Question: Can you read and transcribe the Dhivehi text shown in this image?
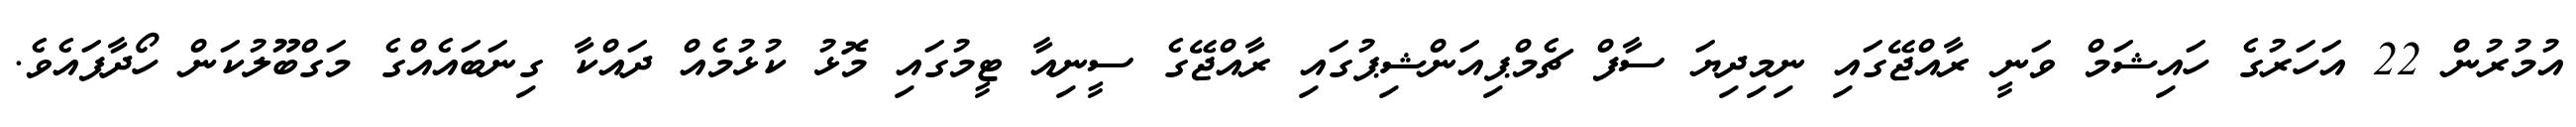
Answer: އުމުރުން 22 އަހަރުގެ ހައިޝަމް ވަނީ ރާއްޖޭގައި ނިމިދިޔަ ސާފް ޗެމްޕިއަންޝިޕުގައި ރާއްޖޭގެ ސީނިއާ ޓީމުގައި މޮޅު ކުޅުމެއް ދައްކާ ގިނަބައެއްގެ މަގްބޫލުކަން ހޯދާފައެވެ.